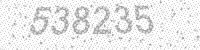
Solution: 538235